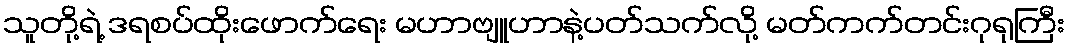
သူတို့ရဲ့ ဒရစပ်ထိုးဖောက်ရေး မဟာဗျူဟာနဲ့ပတ်သက်လို့ မတ်ကက်တင်းဂုရုကြီး